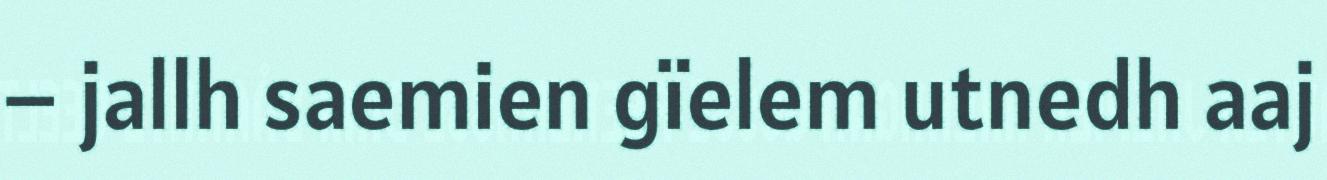
– jallh saemien gïelem utnedh aaj